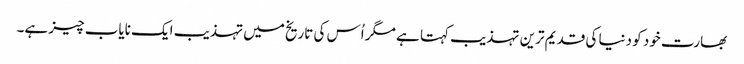
بھارت خود کو دنیا کی قدیم ترین تہذیب کہتا ہے مگر اُس کی تاریخ میں تہذیب ایک نایاب چیز ہے۔